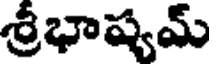
శ్రీభాష్యమ్